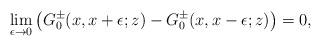
LaTeX: \begin{align*}\lim_{\epsilon\to 0}\left(G_0^{\pm}(x,x+\epsilon;z)-G_0^{\pm}(x,x-\epsilon;z)\right)=0,\end{align*}